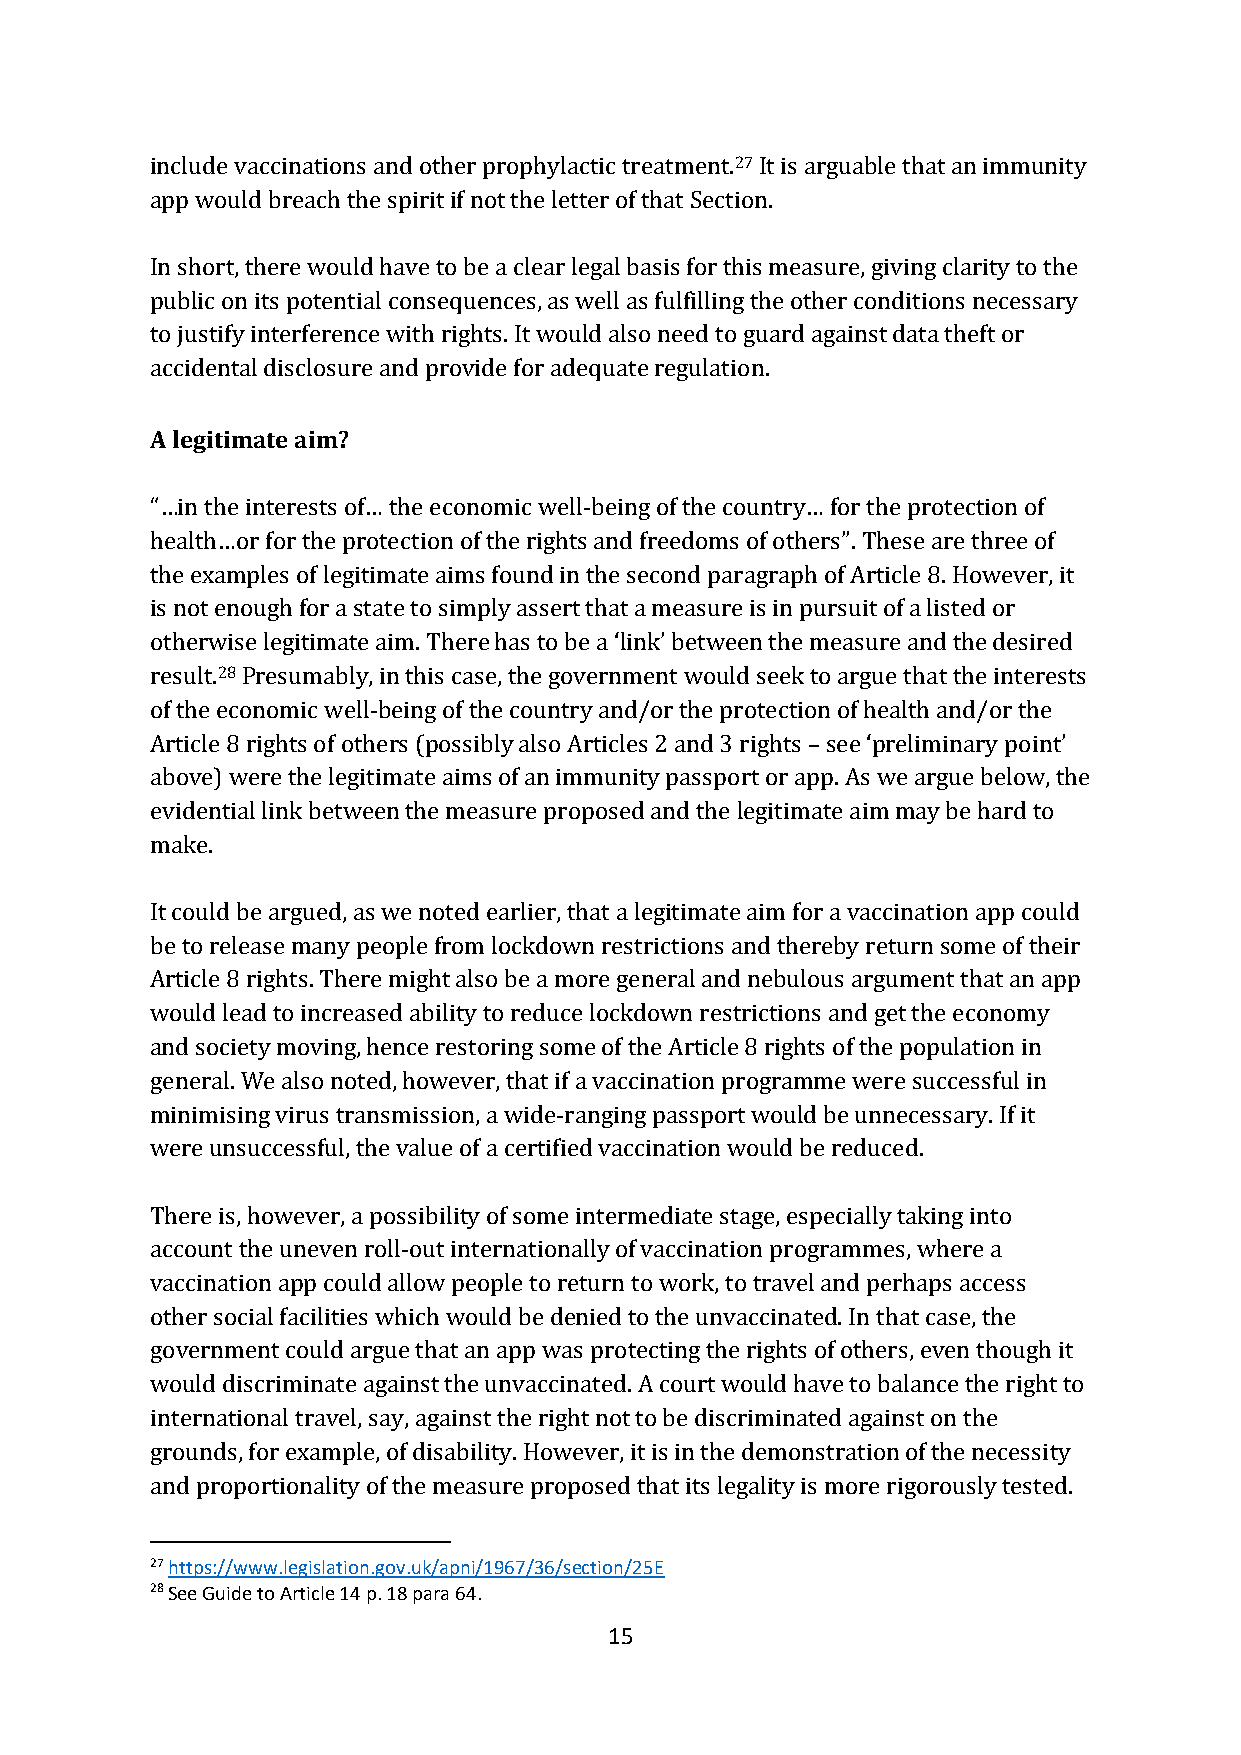
include vaccinations and other prophylactic treatment.27 It is arguable that an immunity
 app would breach the spirit if not the letter of that Section.
 In short, there would have to be a clear legal basis for this measure, giving clarity to the
 public on its potential consequences, as well as fulfilling the other conditions necessary
 to justify interference with rights. It would also need to guard against data theft or
 accidental disclosure and provide for adequate regulation.
 A legitimate aim?
 “…in the interests of… the economic well-being of the country… for the protection of
 health…or for the protection of the rights and freedoms of others”. These are three of
 the examples of legitimate aims found in the second paragraph of Article 8. However, it
 is not enough for a state to simply assert that a measure is in pursuit of a listed or
 otherwise legitimate aim. There has to be a ‘link’ between the measure and the desired
 result.28 Presumably, in this case, the government would seek to argue that the interests
 of the economic well-being of the country and/or the protection of health and/or the
 Article 8 rights of others (possibly also Articles 2 and 3 rights – see ‘preliminary point’
 above) were the legitimate aims of an immunity passport or app. As we argue below, the
 evidential link between the measure proposed and the legitimate aim may be hard to
 make.
 It could be argued, as we noted earlier, that a legitimate aim for a vaccination app could
 be to release many people from lockdown restrictions and thereby return some of their
 Article 8 rights. There might also be a more general and nebulous argument that an app
 would lead to increased ability to reduce lockdown restrictions and get the economy
 and society moving, hence restoring some of the Article 8 rights of the population in
 general. We also noted, however, that if a vaccination programme were successful in
 minimising virus transmission, a wide-ranging passport would be unnecessary. If it
 were unsuccessful, the value of a certified vaccination would be reduced.
 There is, however, a possibility of some intermediate stage, especially taking into
 account the uneven roll-out internationally of vaccination programmes, where a
 vaccination app could allow people to return to work, to travel and perhaps access
 other social facilities which would be denied to the unvaccinated. In that case, the
 government could argue that an app was protecting the rights of others, even though it
 would discriminate against the unvaccinated. A court would have to balance the right to
 international travel, say, against the right not to be discriminated against on the
 grounds, for example, of disability. However, it is in the demonstration of the necessity
 and proportionality of the measure proposed that its legality is more rigorously tested.
 27 https://www.legislation.gov.uk/apni/1967/36/section/25E
 28 See Guide to Article 14 p. 18 para 64.
 15